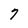
Character: 7